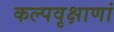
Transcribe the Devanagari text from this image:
कल्पवृक्षाणां